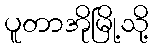
ပူတာအိုမြို့သို့